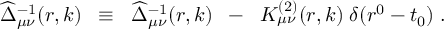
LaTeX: \widehat { \Delta } _ { \mu \nu } ^ { - 1 } ( r , k ) \; \; \equiv \; \; \widehat { \Delta } _ { \mu \nu } ^ { - 1 } ( r , k ) \; \; - \; \; { \cal K } _ { \mu \nu } ^ { ( 2 ) } ( r , k ) \; \delta ( r ^ { 0 } - t _ { 0 } ) \; .